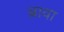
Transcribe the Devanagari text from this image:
ब्रावा